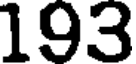
193